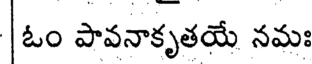
ఓం పావనాకృతయే నమః